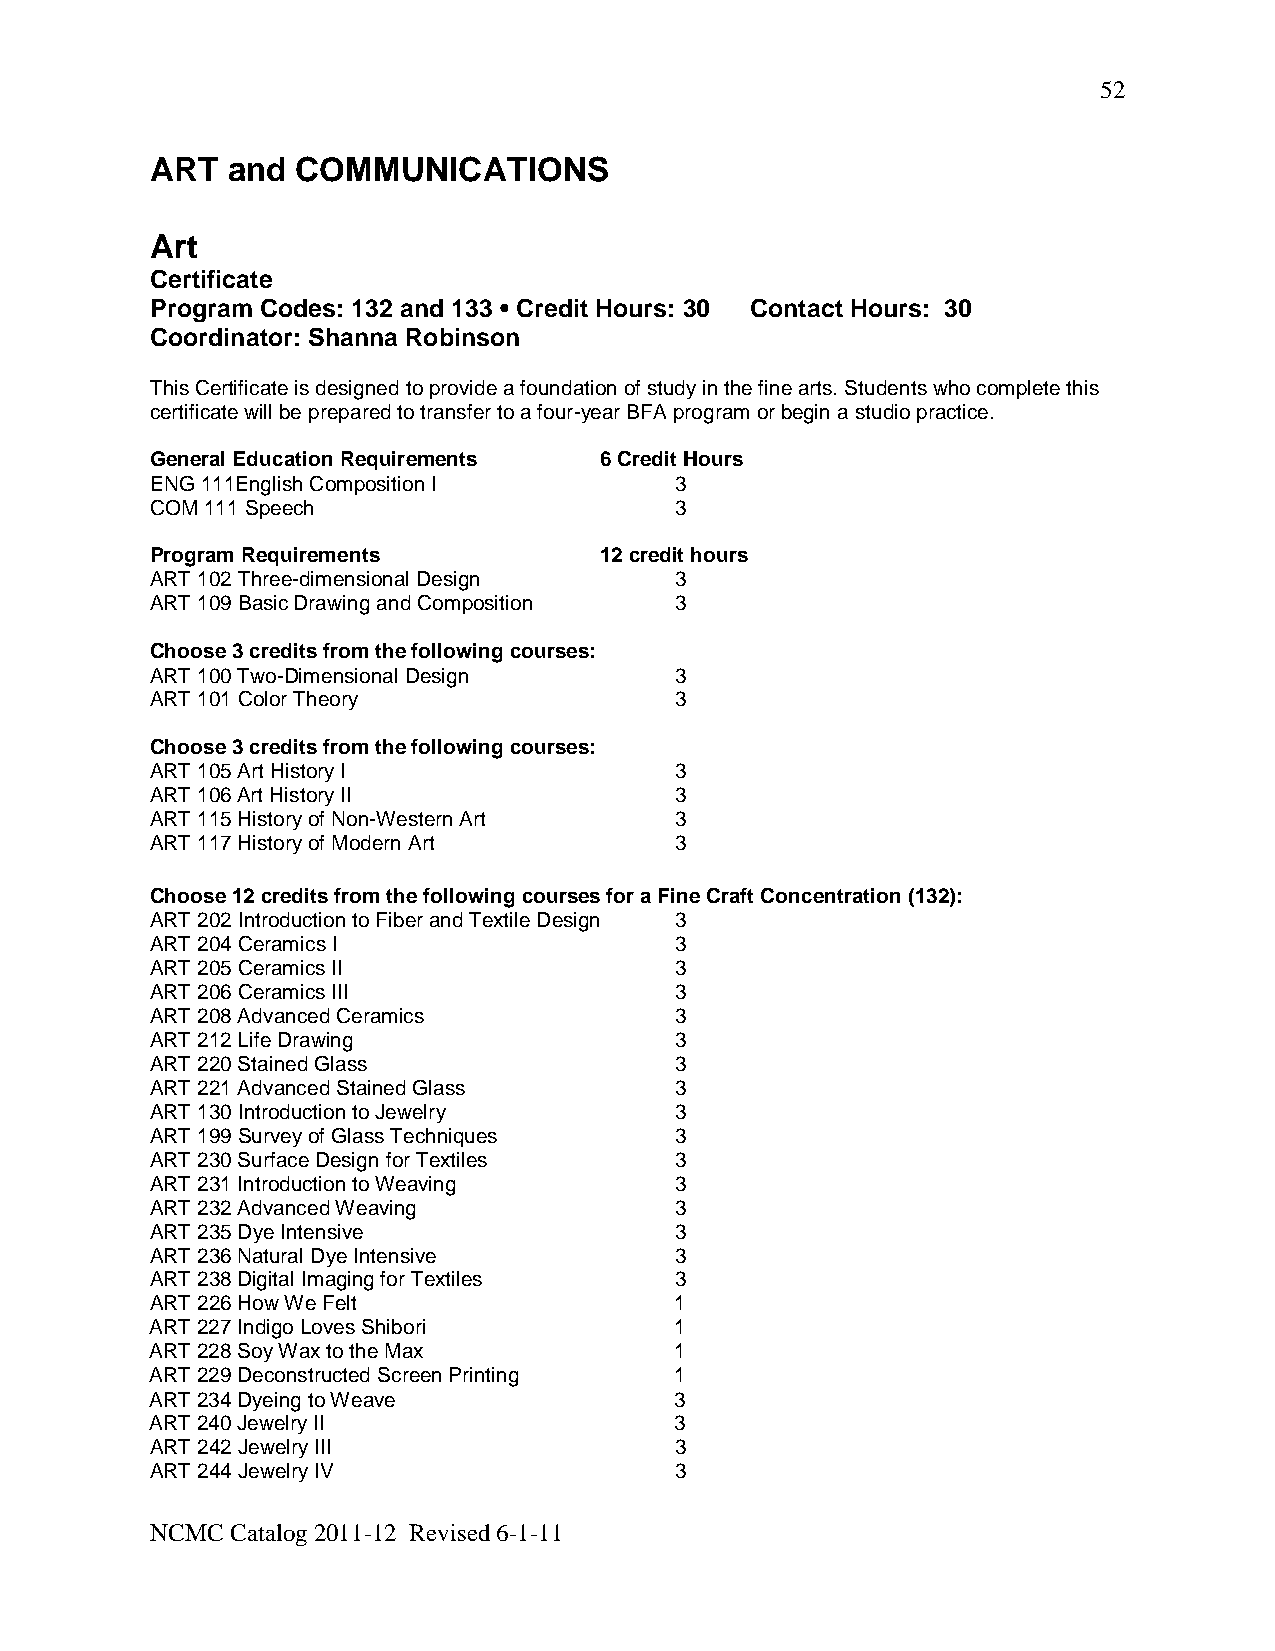
52
 ART  and  COMMUNICATIONS
 Art
 Certificate
 Program Codes: 132 and 133 • Credit Hours: 30 Contact Hours: 30
 Coordinator: Shanna Robinson
 This Certificate is designed to provide a foundation of study in the fine arts. Students who complete this
 certificate will be prepared to transfer to a four-year BFA program or begin a studio practice.
 General Education Requirements 6 Credit Hours
 ENG 111English Composition I       3
 COM 111 Speech                     3
 Program Requirements          12 credit hours
 ART 102 Three-dimensional Design   3
 ART 109 Basic Drawing and Composition 3
 Choose 3 credits from the following courses:
 ART 100 Two-Dimensional Design     3
 ART 101 Color Theory               3
 Choose 3 credits from the following courses:
 ART 105 Art History I              3
 ART 106 Art History II             3
 ART 115 History of Non-Western Art 3
 ART 117 History of Modern Art      3
 Choose 12 credits from the following courses for a Fine Craft Concentration (132):
 ART 202 Introduction to Fiber and Textile Design 3
 ART 204 Ceramics I                 3
 ART 205 Ceramics II                3
 ART 206 Ceramics III               3
 ART 208 Advanced Ceramics          3
 ART 212 Life Drawing               3
 ART 220 Stained Glass              3
 ART 221 Advanced Stained Glass     3
 ART 130 Introduction to Jewelry    3
 ART 199 Survey of Glass Techniques 3
 ART 230 Surface Design for Textiles 3
 ART 231 Introduction to Weaving    3
 ART 232 Advanced Weaving           3
 ART 235 Dye Intensive              3
 ART 236 Natural Dye Intensive      3
 ART 238 Digital Imaging for Textiles 3
 ART 226 How We Felt                1
 ART 227 Indigo Loves Shibori       1
 ART 228 Soy Wax to the Max         1
 ART 229 Deconstructed Screen Printing 1
 ART 234 Dyeing to Weave            3
 ART 240 Jewelry II                 3
 ART 242 Jewelry III                3
 ART 244 Jewelry IV                 3
 NCMC Catalog 2011-12 Revised 6-1-11